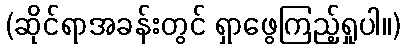
(ဆိုင်ရာအခန်းတွင် ရှာဖွေကြည့်ရှုပါ။)